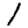
Digit: 1